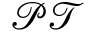
\mathcal { P } \mathcal { T }